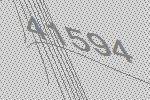
41594